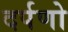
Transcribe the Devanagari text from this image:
दर्पणो